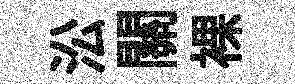
㳂關裸